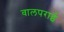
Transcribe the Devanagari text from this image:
वालपराई